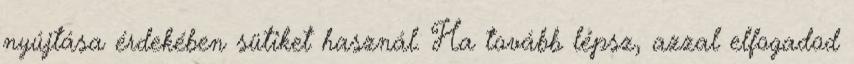
nyújtása érdekében sütiket használ. Ha tovább lépsz, azzal elfogadod